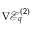
\nabla \mathcal { E } _ { q } ^ { ( 2 ) }